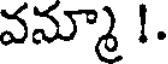
వన్మూ !.